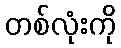
တစ်လုံးကို